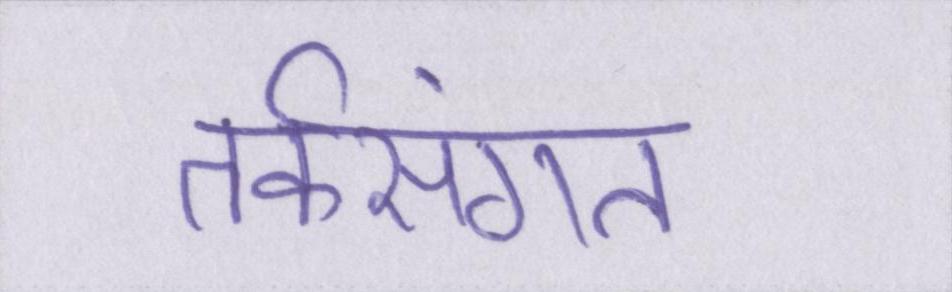
तर्कसंगत